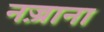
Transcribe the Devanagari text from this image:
नज़्राना